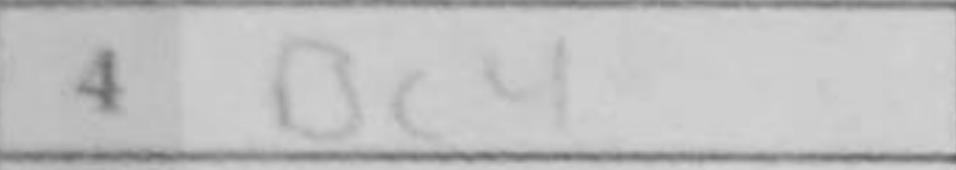
Transcription: Bc4